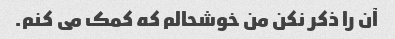
آن را ذکر نکن من خوشحالم که کمک می کنم.